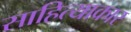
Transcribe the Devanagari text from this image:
साहित्याकार